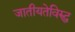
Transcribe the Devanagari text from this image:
जातीयतेविरुद्ध